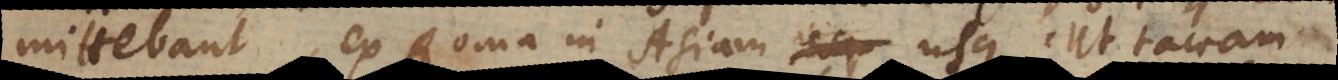
ittebant, ex Roma in Asiam usque, ut taceam